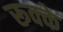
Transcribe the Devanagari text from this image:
रूक्‍के